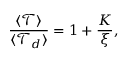
\frac { \langle \mathcal { T } \rangle } { \langle \mathcal { T } _ { d } \rangle } = 1 + \frac { K } { \xi } ,